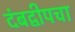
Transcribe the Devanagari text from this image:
दंबद्वीपचा